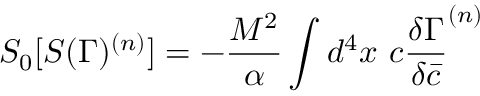
S _ { 0 } [ S ( \Gamma ) ^ { ( n ) } ] = - { \frac { M ^ { 2 } } { \alpha } } \int d ^ { 4 } x ~ c { \frac { \delta { \Gamma } } { \delta \bar { c } } } ^ { ( n ) }